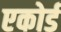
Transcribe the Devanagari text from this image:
एकोर्ड